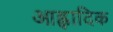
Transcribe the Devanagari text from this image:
आह्लादिक